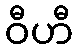
ဝီဟီ